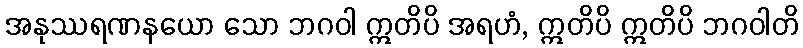
အနုဿရဏနယော သော ဘဂဝါ ဣတိပိ အရဟံ, ဣတိပိ ဣတိပိ ဘဂဝါတိ